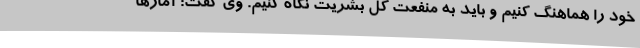
خود را هماهنگ کنیم و باید به منفعت کل بشریت نگاه کنیم. وی گفت: آمارها